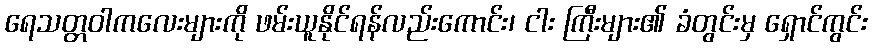
ရေသတ္တဝါကလေးများကို ဖမ်းယူနိုင်ရန်လည်းကောင်း၊ ငါး ကြီးများ၏ ခံတွင်းမှ ရှောင်ကွင်း